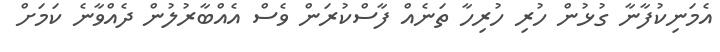
އެމަނިކުފާނާ ގުޅުން ހުރި ހުރިހާ ތަނެއް ފާސްކުރަން ވެސް އެއްބާރުލުން ދެއްވާނެ ކަމަށް